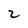
Character: 2